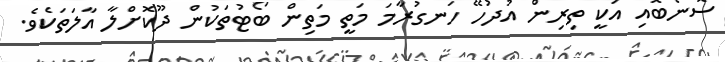
ސޮނޯބޮއި އަކީ ތިރިން އުދުހޭ ހަނގުރާމަ މަތީ މަތިން ބޯޓުތަކުން ދޫކޮށްލާ އާލަތަކެވެ.